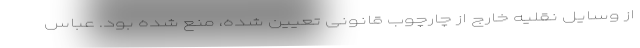
از وسایل نقلیه خارج از چارچوب قانونی تعیین شده، منع شده بود. عباس